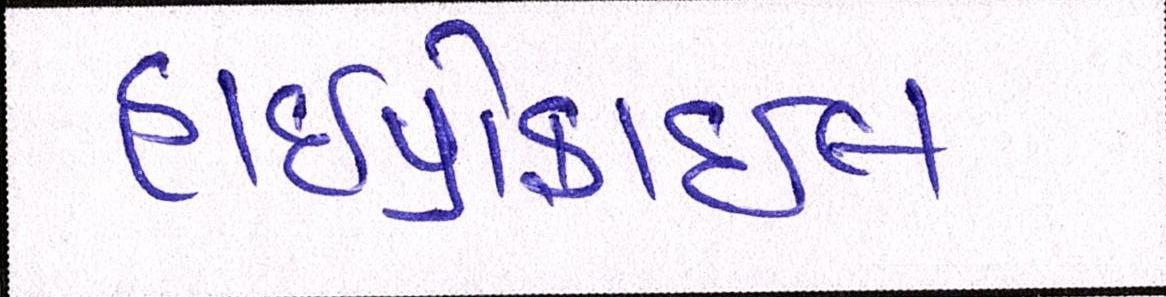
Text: હાઇપ્રોફાઇલ